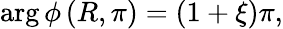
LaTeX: \arg\phi\left(R,\pi\right)=\left(1+\xi\right)\pi,